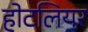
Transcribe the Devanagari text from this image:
होटलियर